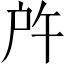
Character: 𢨵